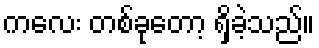
ကလေး တစ်ခုတော့ ရှိခဲ့သည်။